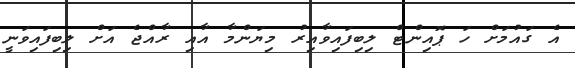
އެ ގައުމަށް ހަ ޕޮއިންޓް ލިބިފައިވާއިރު މިޔަންމާ އާއި ރާއްޖެ އަށް ލިބިފައިވަނީ